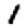
Digit: 1